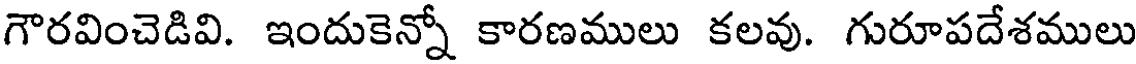
గౌరవించెడివి. ఇందుకెన్నో కారణములు కలవు. గురూపదేశములు